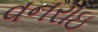
વનરાઇ